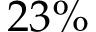
2 3 \%